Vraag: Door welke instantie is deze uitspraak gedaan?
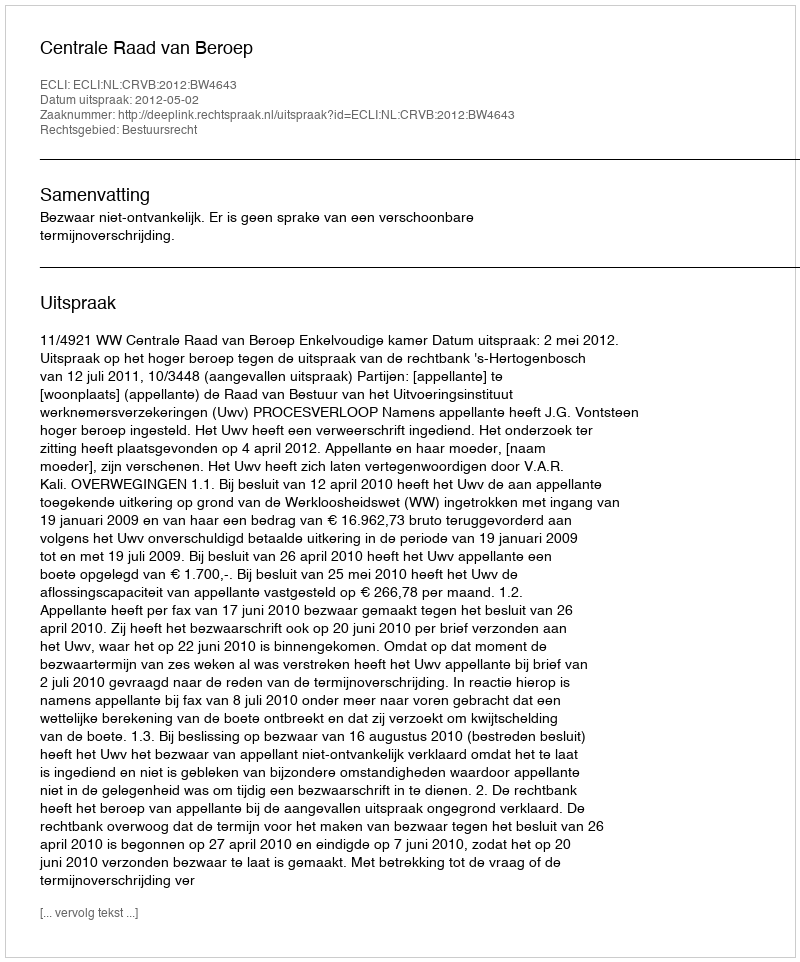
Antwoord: Centrale Raad van Beroep